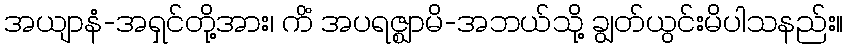
အယျာနံ-အရှင်တို့အား၊ ကိံ အပရဇ္ဈာမိ-အဘယ်သို့ ချွတ်ယွင်းမိပါသနည်း။